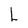
Character: L